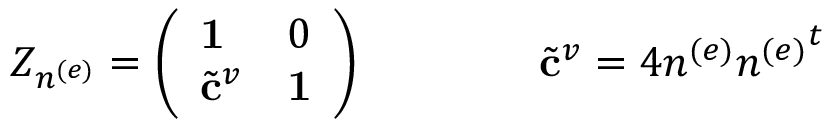
Z _ { n ^ { ( e ) } } = \left( \begin{array} { l l } { { { \bf 1 } } } & { { 0 } } \\ { { { { \tilde { \bf c } } ^ { v } } } } & { { { \bf 1 } } } \end{array} \right) \qquad \qquad { \tilde { \bf c } } ^ { v } = 4 n ^ { ( e ) } { n ^ { ( e ) } } ^ { t }